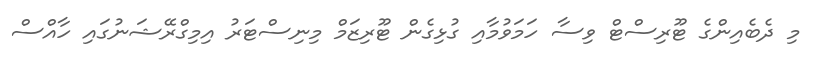
މި ދެބެއިންގެ ޓޫރިސްޓް ވިސާ ހަމަވުމާއި ގުޅިގެން ޓޫރިޒަމް މިނިސްޓަރު އިމިގްރޭޝަނުގައި ހާއްސް